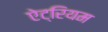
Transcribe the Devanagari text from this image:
ऐट्रियम